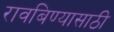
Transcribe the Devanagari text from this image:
रावबिण्यासाठी